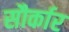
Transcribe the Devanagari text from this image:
सौर्कार